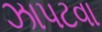
ઝાપટવા